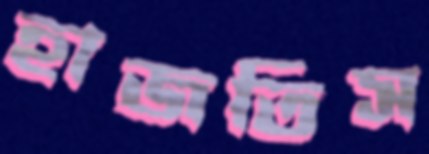
হাজতিস